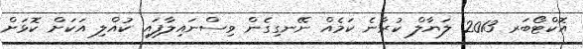
އޮކްޓޯބަރ 2013 ލަޔާލް ކުރާނެ ކަމެއް ނޭނގިގެން ވިސްނައިލާފައި ކުއްލި އަކަށް ކޮޅަށް